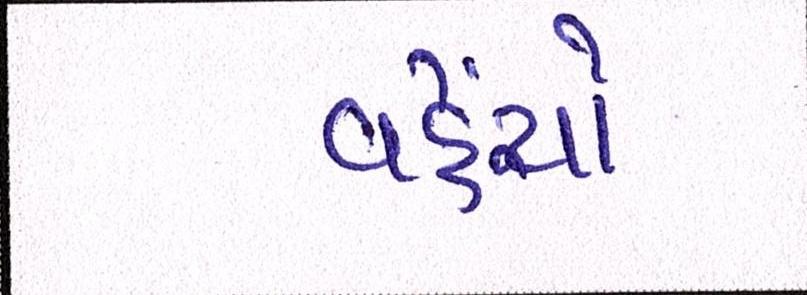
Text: વહેંચો